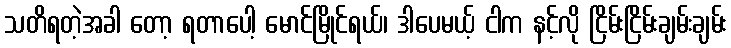
သတိရတဲ့အခါ တော့ ရတာပေါ့ မောင်မြိုင်ရယ်၊ ဒါပေမယ့် ငါက နင့်လို ငြိမ်းငြိမ်းချမ်းချမ်း